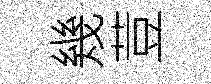
幾荳